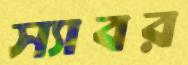
স্যাবর